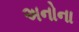
અનોના